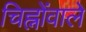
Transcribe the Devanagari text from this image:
चिह्नोंवाले